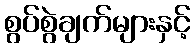
စွပ်စွဲချက်များနှင့်